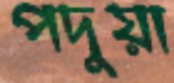
পদুয়া